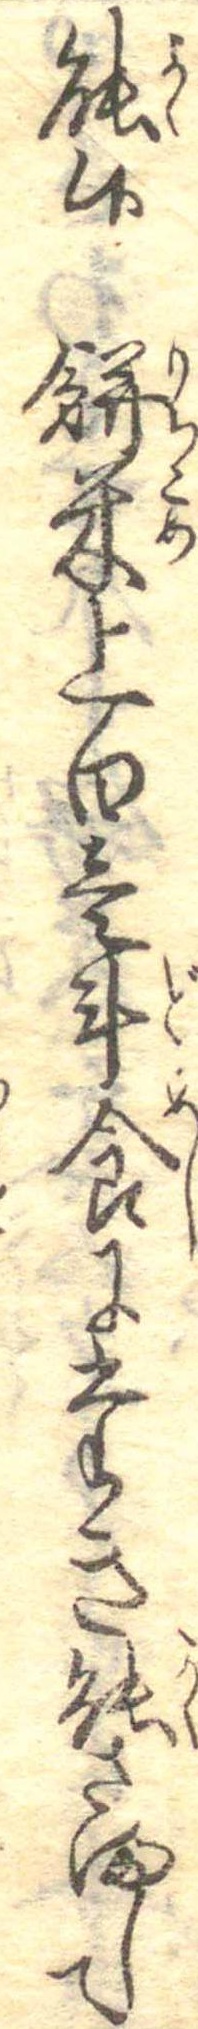
能候餅米上白壱斗食にたき能さまして